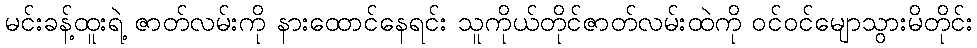
မင်းခန့်ထူးရဲ့ ဇာတ်လမ်းကို နားထောင်နေရင်း သူကိုယ်တိုင်ဇာတ်လမ်းထဲကို ဝင်ဝင်မျောသွားမိတိုင်း